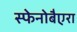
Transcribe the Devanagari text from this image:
स्फेनोबैएरा